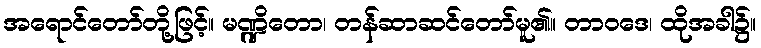
အရောင်တော်တို့ဖြင့်။ မဏ္ဍိတော၊ တန်ဆာဆင်တော်မူ၏။ တာဝဒေ၊ ထိုအခါ၌။